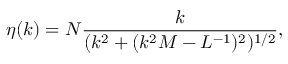
\eta ( k ) = { \cal N } \frac { k } { ( k ^ { 2 } + ( k ^ { 2 } M - L ^ { - 1 } ) ^ { 2 } ) ^ { 1 / 2 } } ,